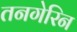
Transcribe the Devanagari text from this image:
तनगेरिन